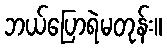
ဘယ်ပြောရဲမတုန်း။